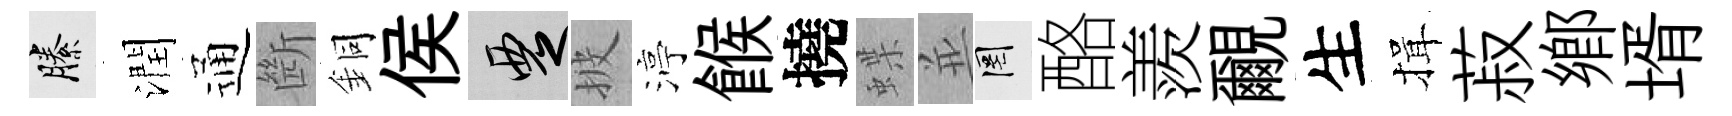
縢潤通㫁銅侯覂披渟餱撓蝶並罔酪羨覼生揖菽鄉壻